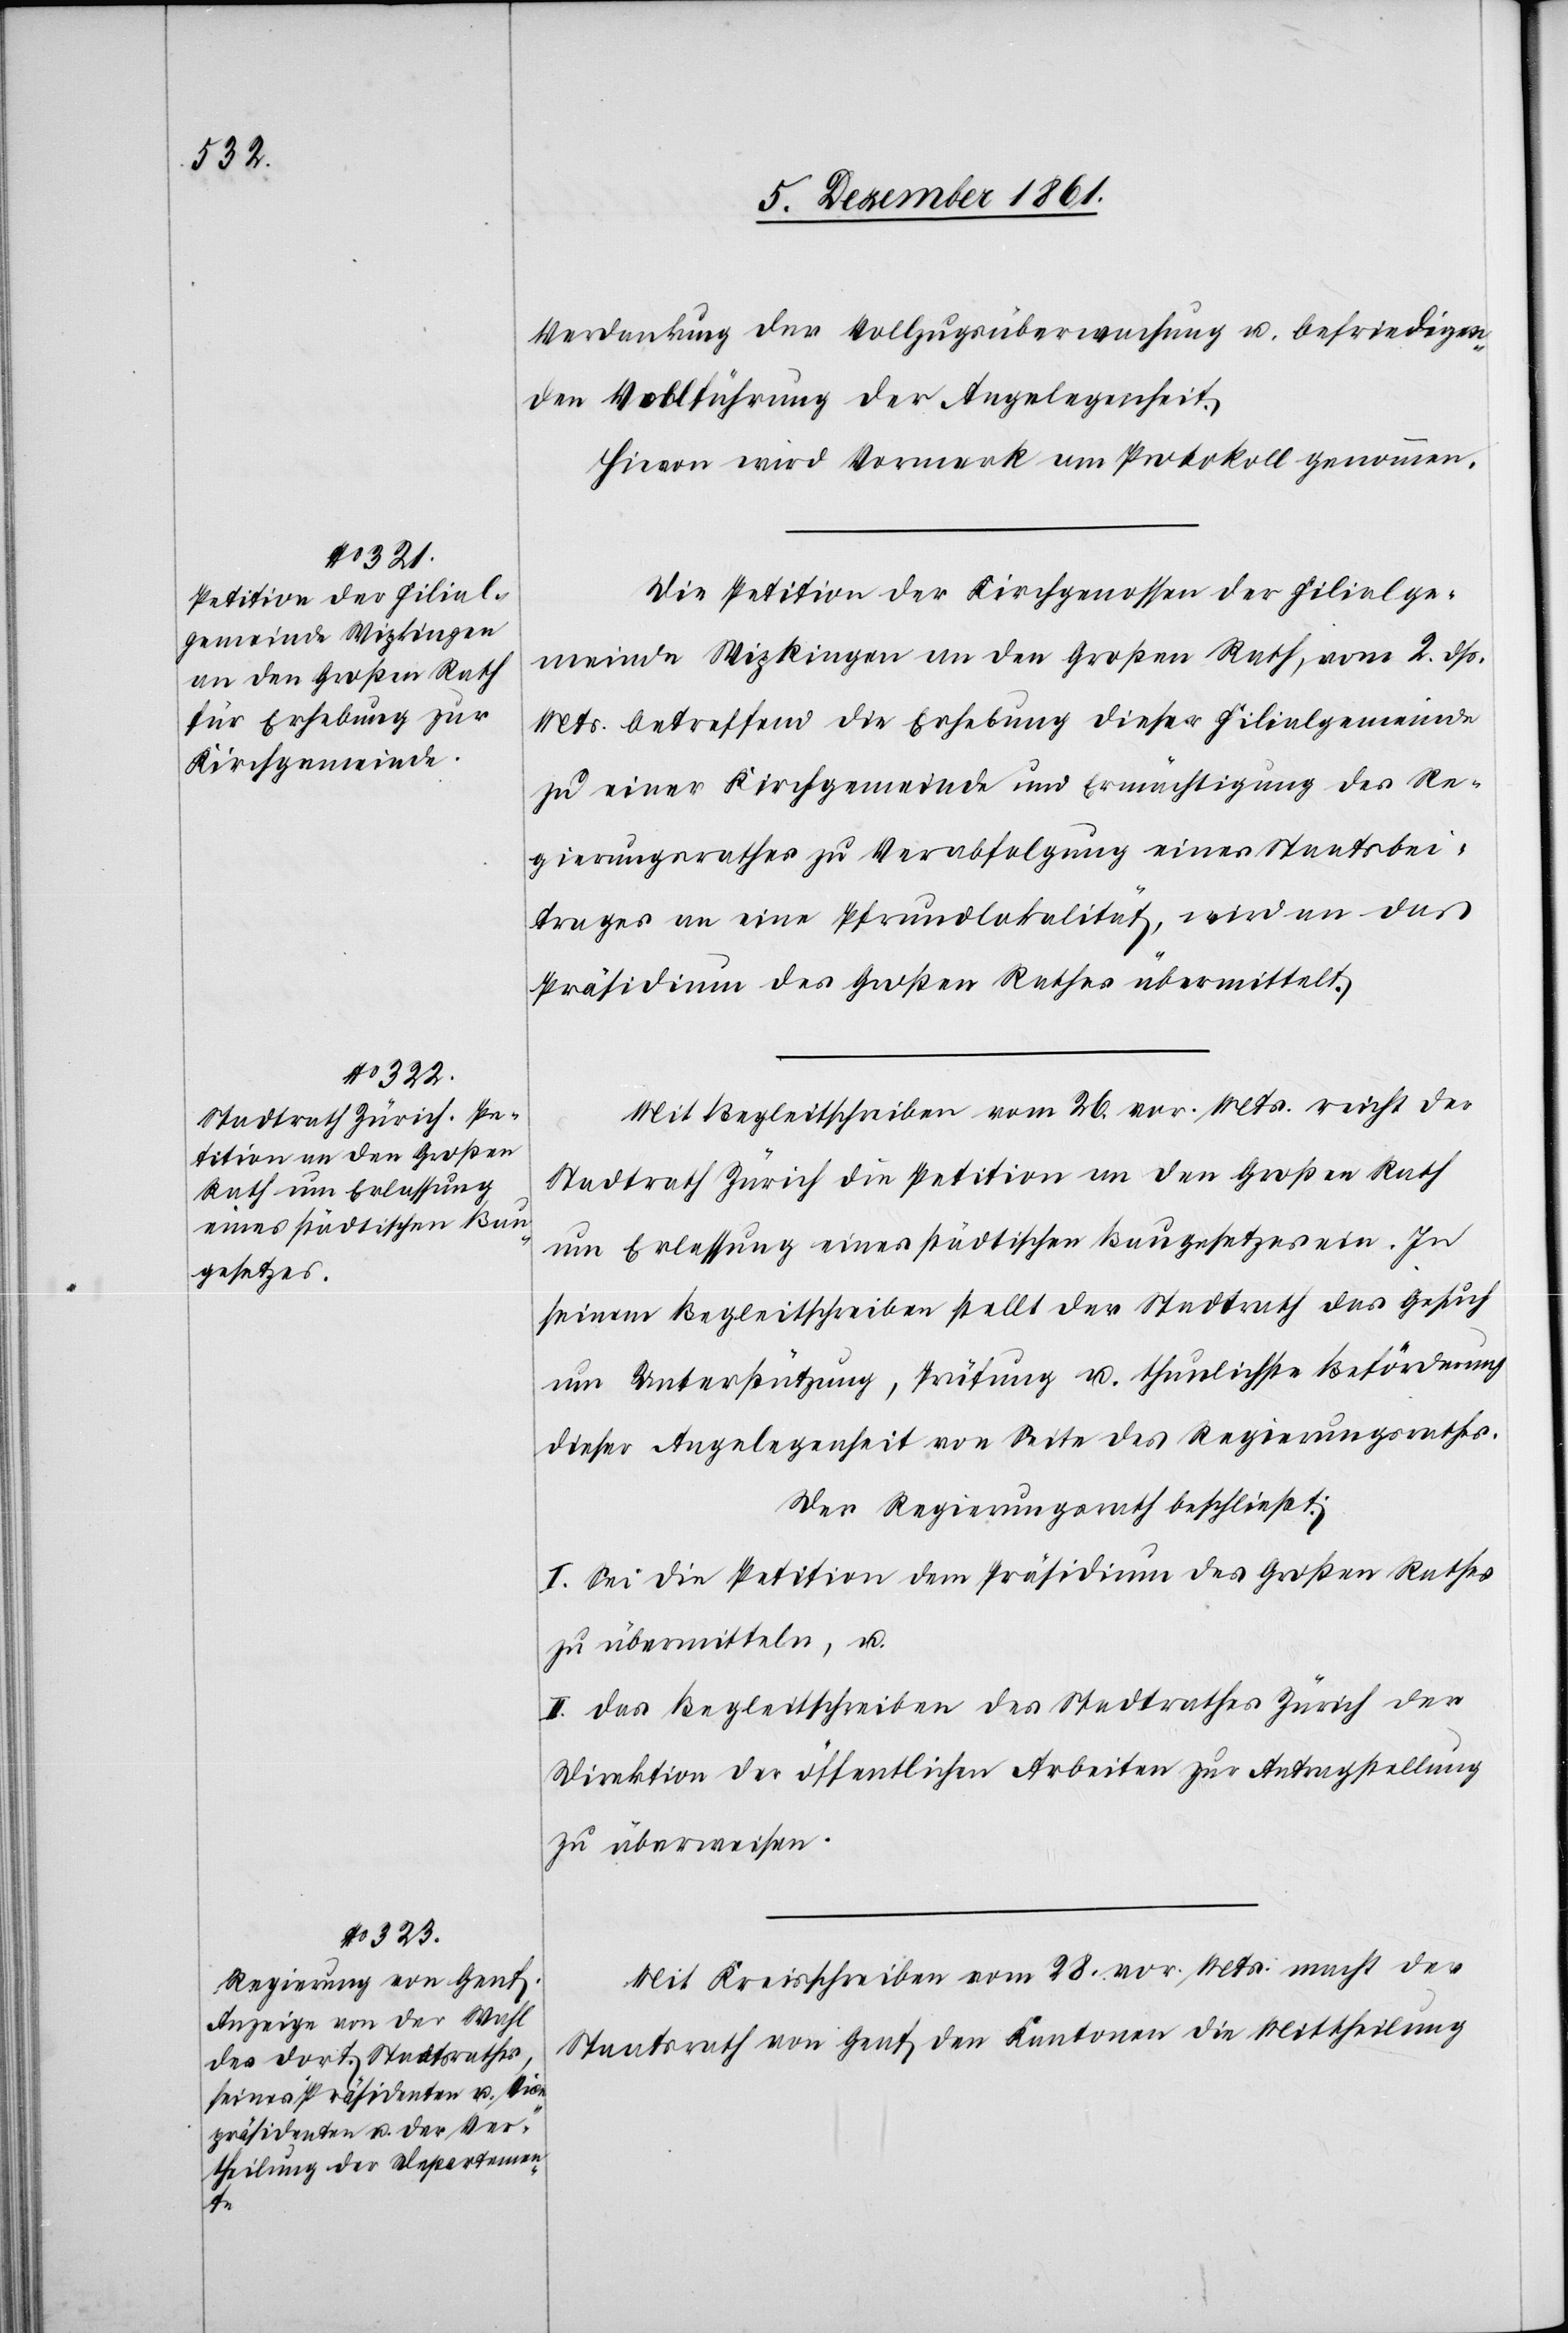
Verdankung der Vollzugsüberwachung u. befriedigen¬
den Vollführung der Angelegenheit.
Hievon wird Vormerk am Protokoll genommen.
Die Petition der Kirchgenossen der Filialge¬
meinde Wipkingen an den Großen Rath, vom 2 dß.
Mts. betreffend die Erhebung dieser Filialgemeinde
zu einer Kirchgemeinde und Ermächtigung des Re¬
gierungsrathes zu Verabfolgung eines Staatsbei¬
trages an eine Pfrundlokalität, wird an das
Präsidium des Großen Rathes übermittelt.
Mit Begleitschreiben vom 26 vor. Mts. reicht der
Stadtrath Zürich die Petition an den Großen Rath
um Erlassung eines städtischen Baugesetzes ein. In
seinem Begleitschreiben stellt der Stadtrath das Gesuch
um Unterstützung, Prüfung u. thunlichste Beförderung
dieser Angelegenheit von Seite des Regierungsrathes.
Der Regierungsrath beschließt:
I. Sei die Petition dem Präsidium des Großen Rathes
zu übermitteln, u.
II. Das Begleitschreiben des Stadtrathes Zürich der
Direktion der öffentlichen Arbeiten zur Antragstellung
zu überweisen.
Mit Kreisschreiben vom 28 vor. Mts. macht der
Stadtrath von Genf den Kantonen die Mittheilung